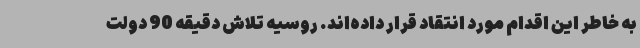
به خاطر این اقدام مورد انتقاد قرار داده‌اند. روسیه تلاش دقیقه 90 دولت